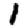
Digit: 1